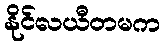
နိုင်လယီတမက